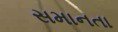
સમાનતા